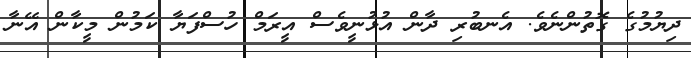
ދިޔުމުގެ ގޮތުންނެވެ. އެނބުރި ދާން އުޅުނީވެސް އީރަމް ހުސްފަޔާ ކަމުން މީކާން އޭނާ